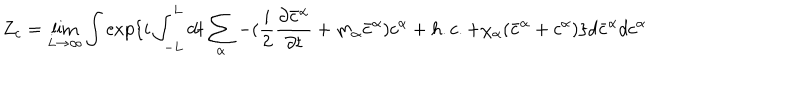
Z _ { c } = \lim _ { L \rightarrow \infty } \int \exp \{ i \int _ { - L } ^ { L } d t \sum _ { \alpha } - ( \frac { i } { 2 } \frac { \partial \bar { c } ^ { \alpha } } { \partial t } + m _ { \alpha } \bar { c } ^ { \alpha } ) c ^ { \alpha } + h . c . + \chi _ { \alpha } ( \bar { c } ^ { \alpha } + c ^ { \alpha } ) \} d \bar { c } ^ { \alpha } d c ^ { \alpha }